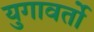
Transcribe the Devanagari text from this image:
युगावर्तो